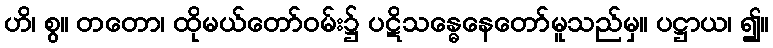
ဟိ၊ စွ။ တတော၊ ထိုမယ်တော်ဝမ်း၌ ပဋိသန္ဓေနေတော်မူသည်မှ။ ပဋ္ဌာယ၊ ၍။